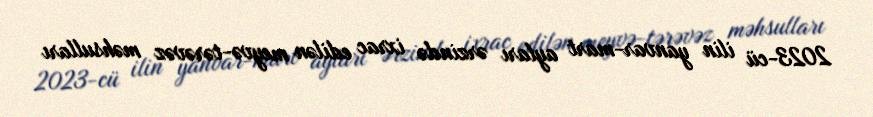
2023-cü ilin yanvar-mart ayları ərzində ixrac edilən meyvə-tərəvəz məhsulları